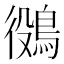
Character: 𪁛